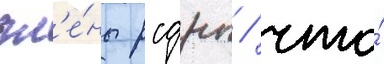
чл'е́ны рсдрп / что́